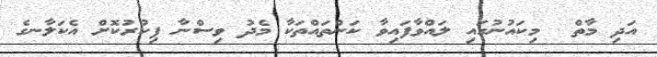
އަދި މާތް  މިކައުނުގައި ލައްވާފައިވާ ކަންތައްތަކާ މެދު ވިސްނާ ފިކުރުކޮށް އެކަލާނގެ